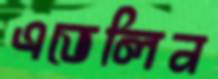
এভেলিন